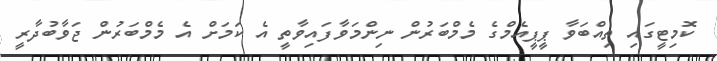
ކޮމިޓީގައި ތިއްބަވާ ޕީޕީއެމްގެ މެމްބަރުން ނިންމަވާފައިވާތީ އެ ކަމަށް އެ މެމްބަރުން ޖަވާބުދާރީ